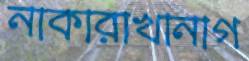
নাকারাখানাগ